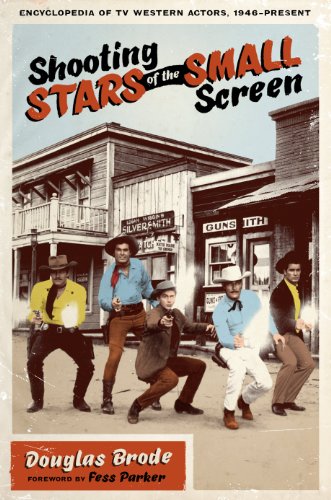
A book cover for Shooting Stars of the Small Screen: Encyclopedia of TV Western Actors, 1946-Present; Douglas Brode; Humor & Entertainment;